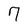
Character: 7